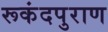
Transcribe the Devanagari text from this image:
रूकंदपुराण